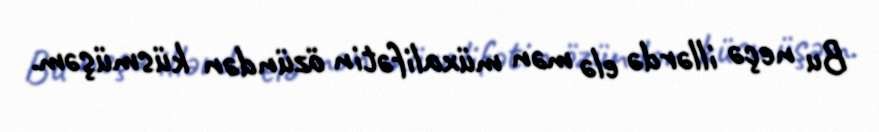
Bu neçə illərdə elə mən müxalifətin özündən küsmüşəm.